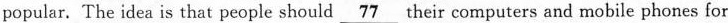
popular. The idea is that people should \underline{77} their computers and mobile phones for